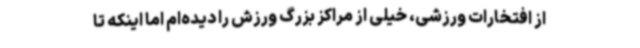
از افتخارات ورزشی، خیلی از مراکز بزرگ ورزش را دیده‌ام اما اینکه تا